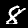
Label: 8